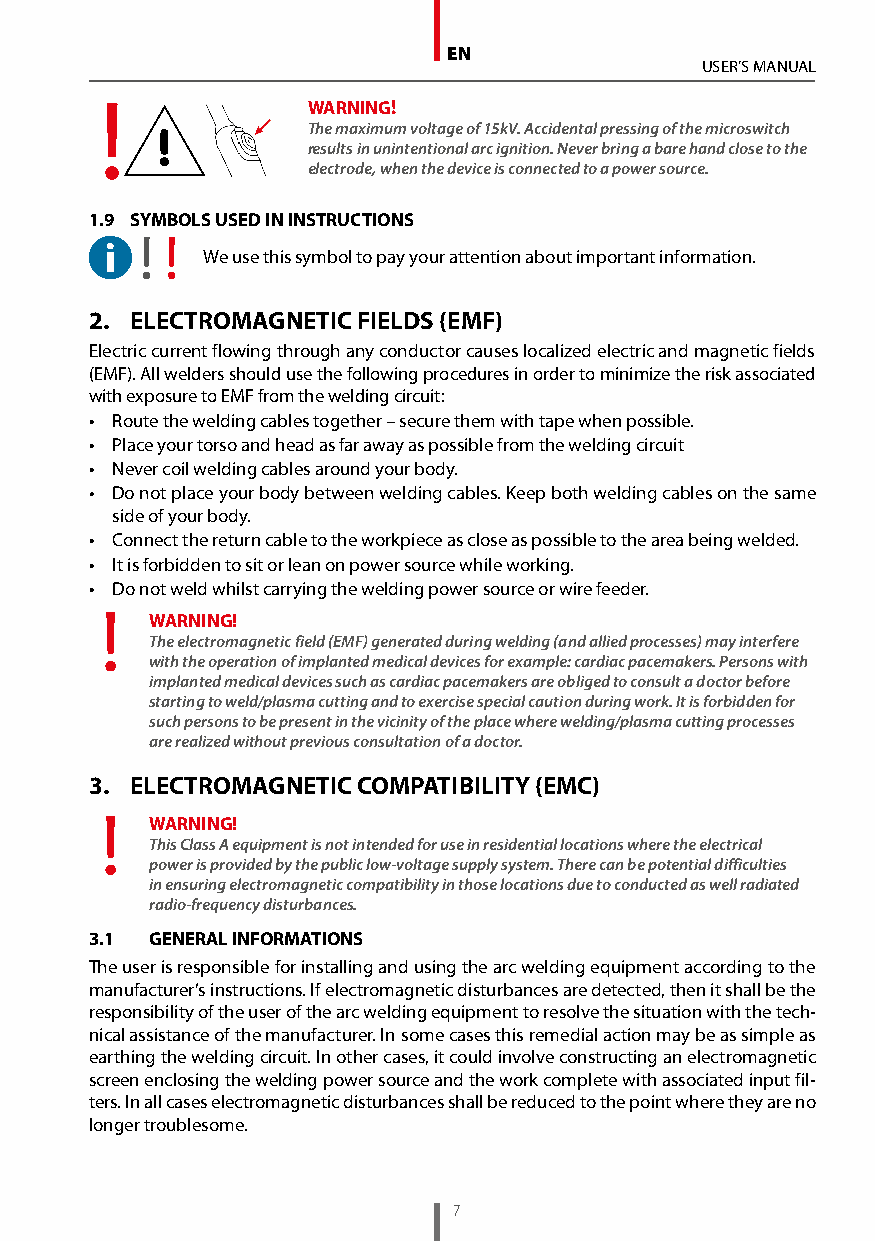
EN
 USER’S MANUAL
 WARNING!
 The maximum voltage of 15kV. Accidental pressing of the microswitch
 results in unintentional arc ignition. Never bring a bare hand close to the
 electrode, when the device is connected to a power source.
 1.9 S YMBOLS USED IN INSTRUCTIONS
 We use this symbol to pay your attention about important information.
 2. ELECTROMAGNETIC FIELDS (EMF)
 Electric current flowing through any conductor causes localized electric and magnetic fields
 (EMF). All welders should use the following procedures in order to minimize the risk associated
 with exposure to EMF from the welding circuit:
 • Route the welding cables together – secure them with tape when possible.
 • Place your torso and head as far away as possible from the welding circuit
 • Never coil welding cables around your body.
 • D o not place your body between welding cables. Keep both welding cables on the same
 side of your body.
 • Connect the return cable to the workpiece as close as possible to the area being welded.
 • It is forbidden to sit or lean on power source while working.
 • Do not weld whilst carrying the welding power source or wire feeder.
 WARNING!
 The electromagnetic field (EMF) generated during welding (and allied processes) may interfere
 with the operation of implanted medical devices for example: cardiac pacemakers. Persons with
 implanted medical devices such as cardiac pacemakers are obliged to consult a doctor before
 starting to weld/plasma cutting and to exercise special caution during work. It is forbidden for
 such persons to be present in the vicinity of the place where welding/plasma cutting processes
 are realized without previous consultation of a doctor.
 3. ELECTROMAGNETIC COMPATIBILITY (EMC)
 WARNING!
 This Class A equipment is not intended for use in residential locations where the electrical
 power is provided by the public low-voltage supply system. There can be potential difficulties
 in ensuring electromagnetic compatibility in those locations due to conducted as well radiated
 radio-frequency disturbances.
 3.1 GENERAL INFORMATIONS
 The user is responsible for installing and using the arc welding equipment according to the
 manufacturer’s instructions. If electromagnetic disturbances are detected, then it shall be the
 responsibility of the user of the arc welding equipment to resolve the situation with the tech-
 nical assistance of the manufacturer. In some cases this remedial action may be as simple as
 earthing the welding circuit. In other cases, it could involve constructing an electromagnetic
 screen enclosing the welding power source and the work complete with associated input fil-
 ters. In all cases electromagnetic disturbances shall be reduced to the point where they are no
 longer troublesome.
 7